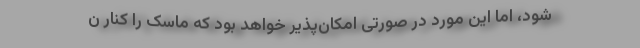
شود، اما این مورد در صورتی امکان‌پذیر خواهد بود که ماسک را کنار ن